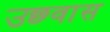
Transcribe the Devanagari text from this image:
उछ्वास